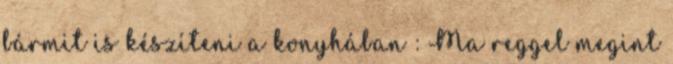
bármit is készíteni a konyhában : Ma reggel megint